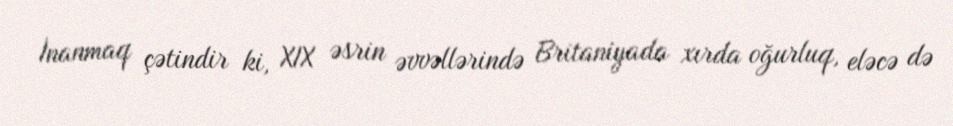
İnanmaq çətindir ki, XIX əsrin əvvəllərində Britaniyada xırda oğurluq, eləcə də